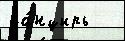
па́нцирь